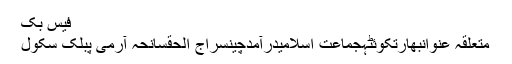
فیس بک
متعلقہ عنوانبھارتکوئٹہجماعت اسلامیدرآمدچینسراج الحقسانحہ آرمی پبلک سکول